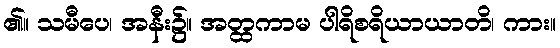
၏။ သမီပေ၊ အနီး၌။ အတ္ထကာမ ပါရိစရိယာယာတိ၊ ကား။